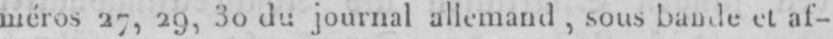
méros 27, 29, 30 du journal allemand, sous bande et af-